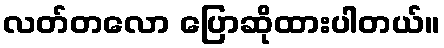
လတ်တလော ပြောဆိုထားပါတယ်။